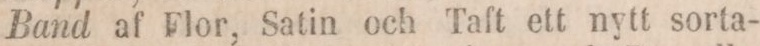
Band af Flor, Satin och Taft ett nytt sorta-